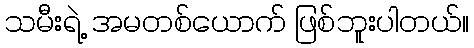
သမီးရဲ့ အမတစ်ယောက် ဖြစ်ဘူးပါတယ်။